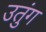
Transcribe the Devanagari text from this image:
उतुंग